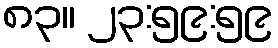
၈၃။ ၂၃:၅၉:၅၉